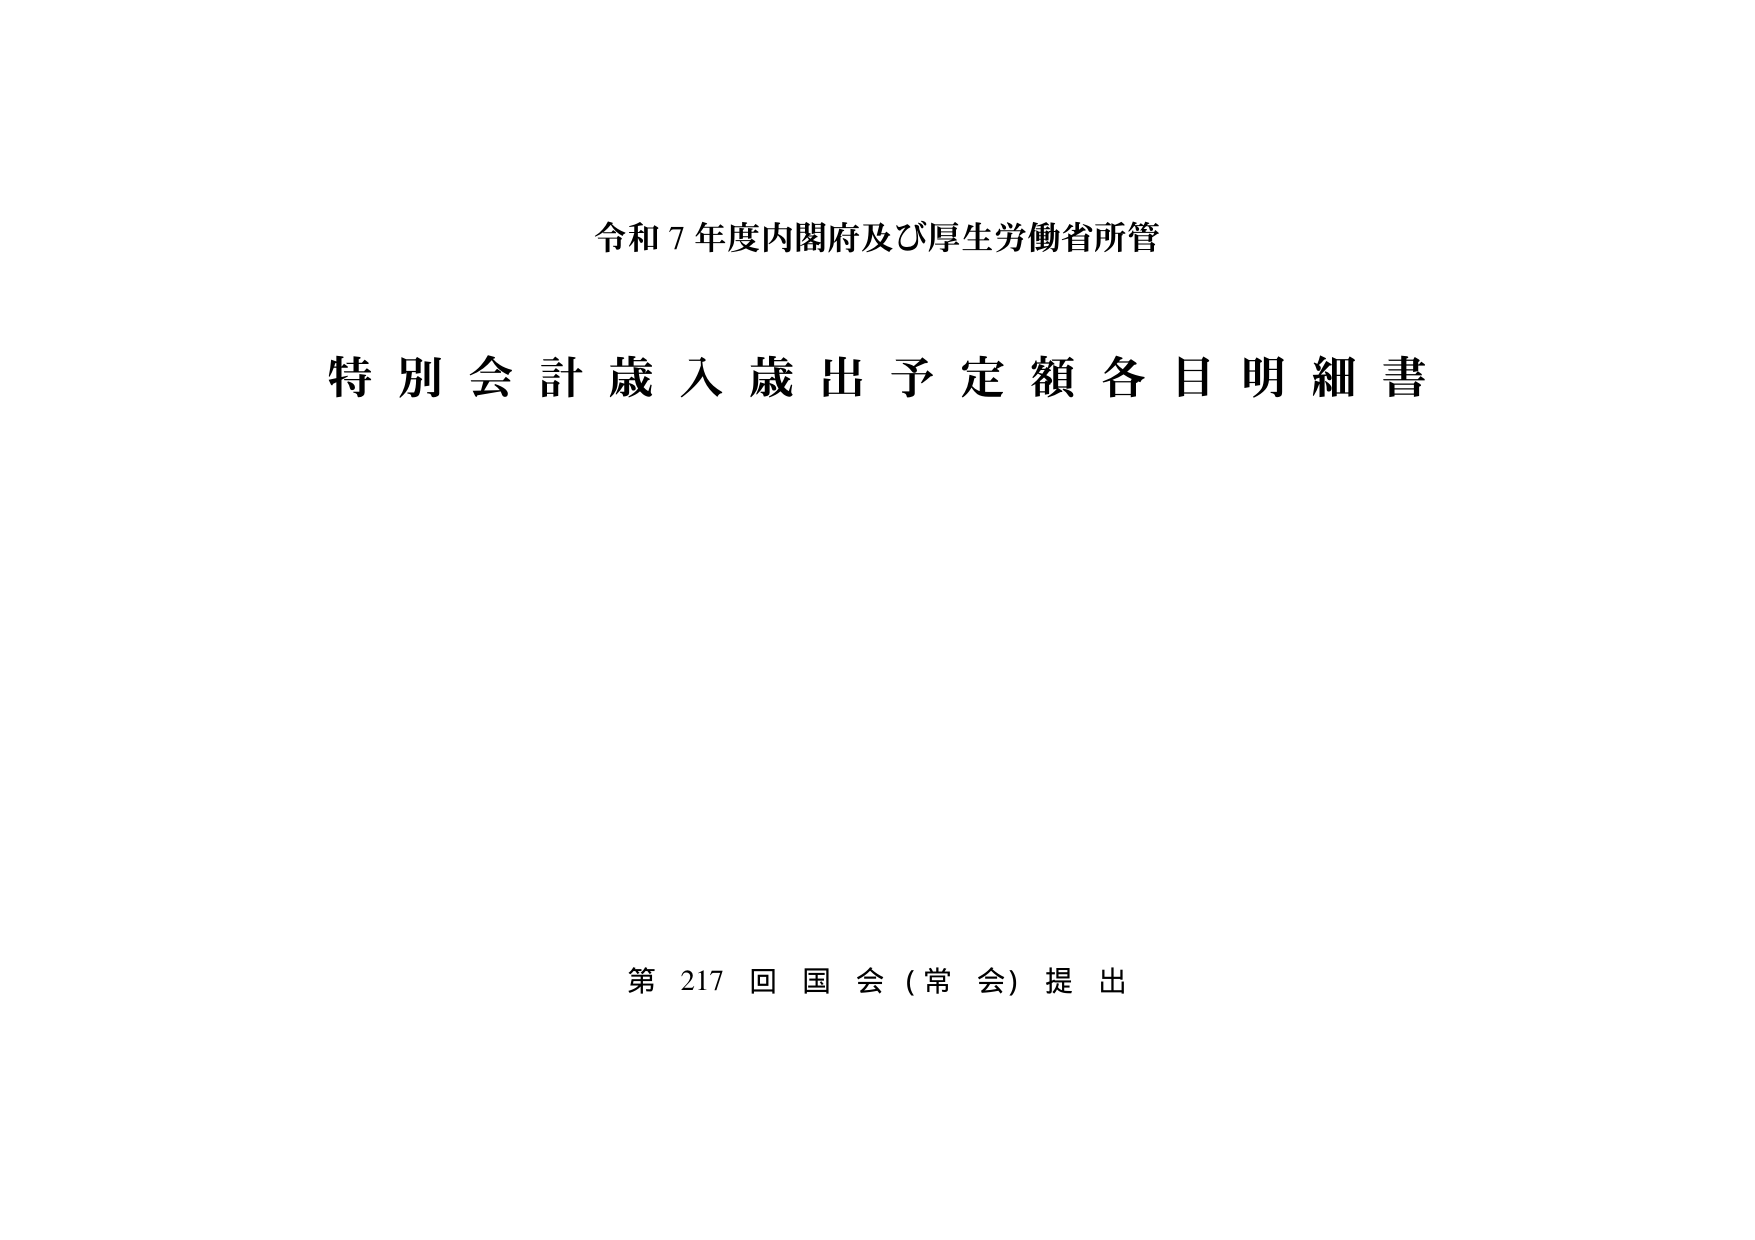
令和７年度内閣府及び厚生労働省所管

特別会計歳入歳出予定額各目明細書

第217回国会（常会）提出